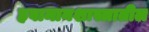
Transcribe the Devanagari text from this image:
हवामानशास्त्रातील